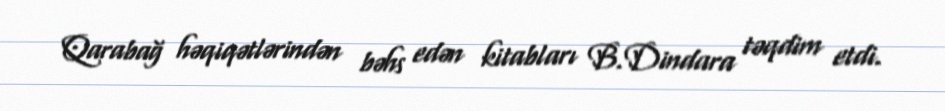
Qarabağ həqiqətlərindən bəhs edən kitabları B.Dindara təqdim etdi.